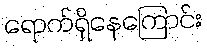
ရောက်ရှိနေကြောင်း